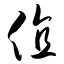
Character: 值